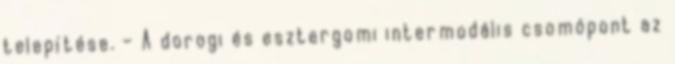
telepítése. – A dorogi és esztergomi intermodális csomópont az